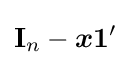
\mathbf {I} _{n}-{\boldsymbol {x1}}'